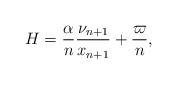
LaTeX: \begin{align*}H=\frac{\alpha}{n}\frac{\nu_{n+1}}{x_{n+1}}+\frac{\varpi}{n},\end{align*}